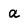
Character: a